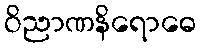
ဝိညာဏနိရောဓေ